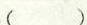
()